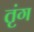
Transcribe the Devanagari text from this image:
तृंग